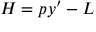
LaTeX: { \cal { H } } = p y ^ { \prime } - { \cal { L } }